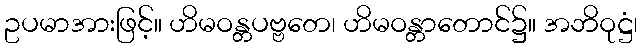
ဥပမာအားဖြင့်။ ဟိမဝန္တပဗ္ဗတေ၊ ဟိမဝန္တာတောင်၌။ အဘိဝုဋ္ဌံ၊